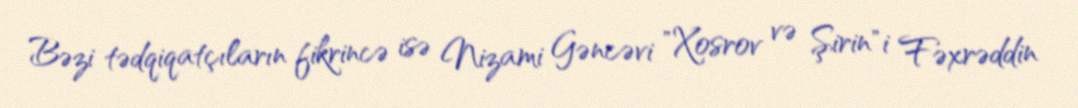
Bəzi tədqiqatçıların fikrincə isə Nizami Gəncəvi "Xosrov və Şirin"i Fəxrəddin